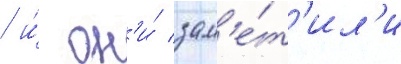
/ и́ он'и́ зам'е́т'ил'и